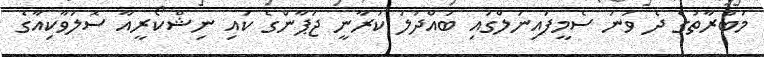
މުބާރާތުގެ ދެ ވަނަ ސެމީފައިނަލްގައި ބައްދަލު ކުރާނީ ޖަޕާންގެ ކައި ނިޝްކޯރީއާ ސޮލަވާކިއާގެ